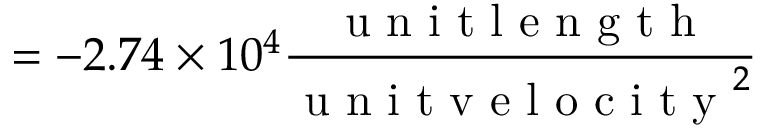
= - 2 . 7 4 \times 1 0 ^ { 4 } \frac { \mathrm { ~ u ~ n ~ i ~ t ~ l ~ e ~ n ~ g ~ t ~ h ~ } } { \mathrm { ~ u ~ n ~ i ~ t ~ v ~ e ~ l ~ o ~ c ~ i ~ t ~ y ~ } ^ { 2 } }